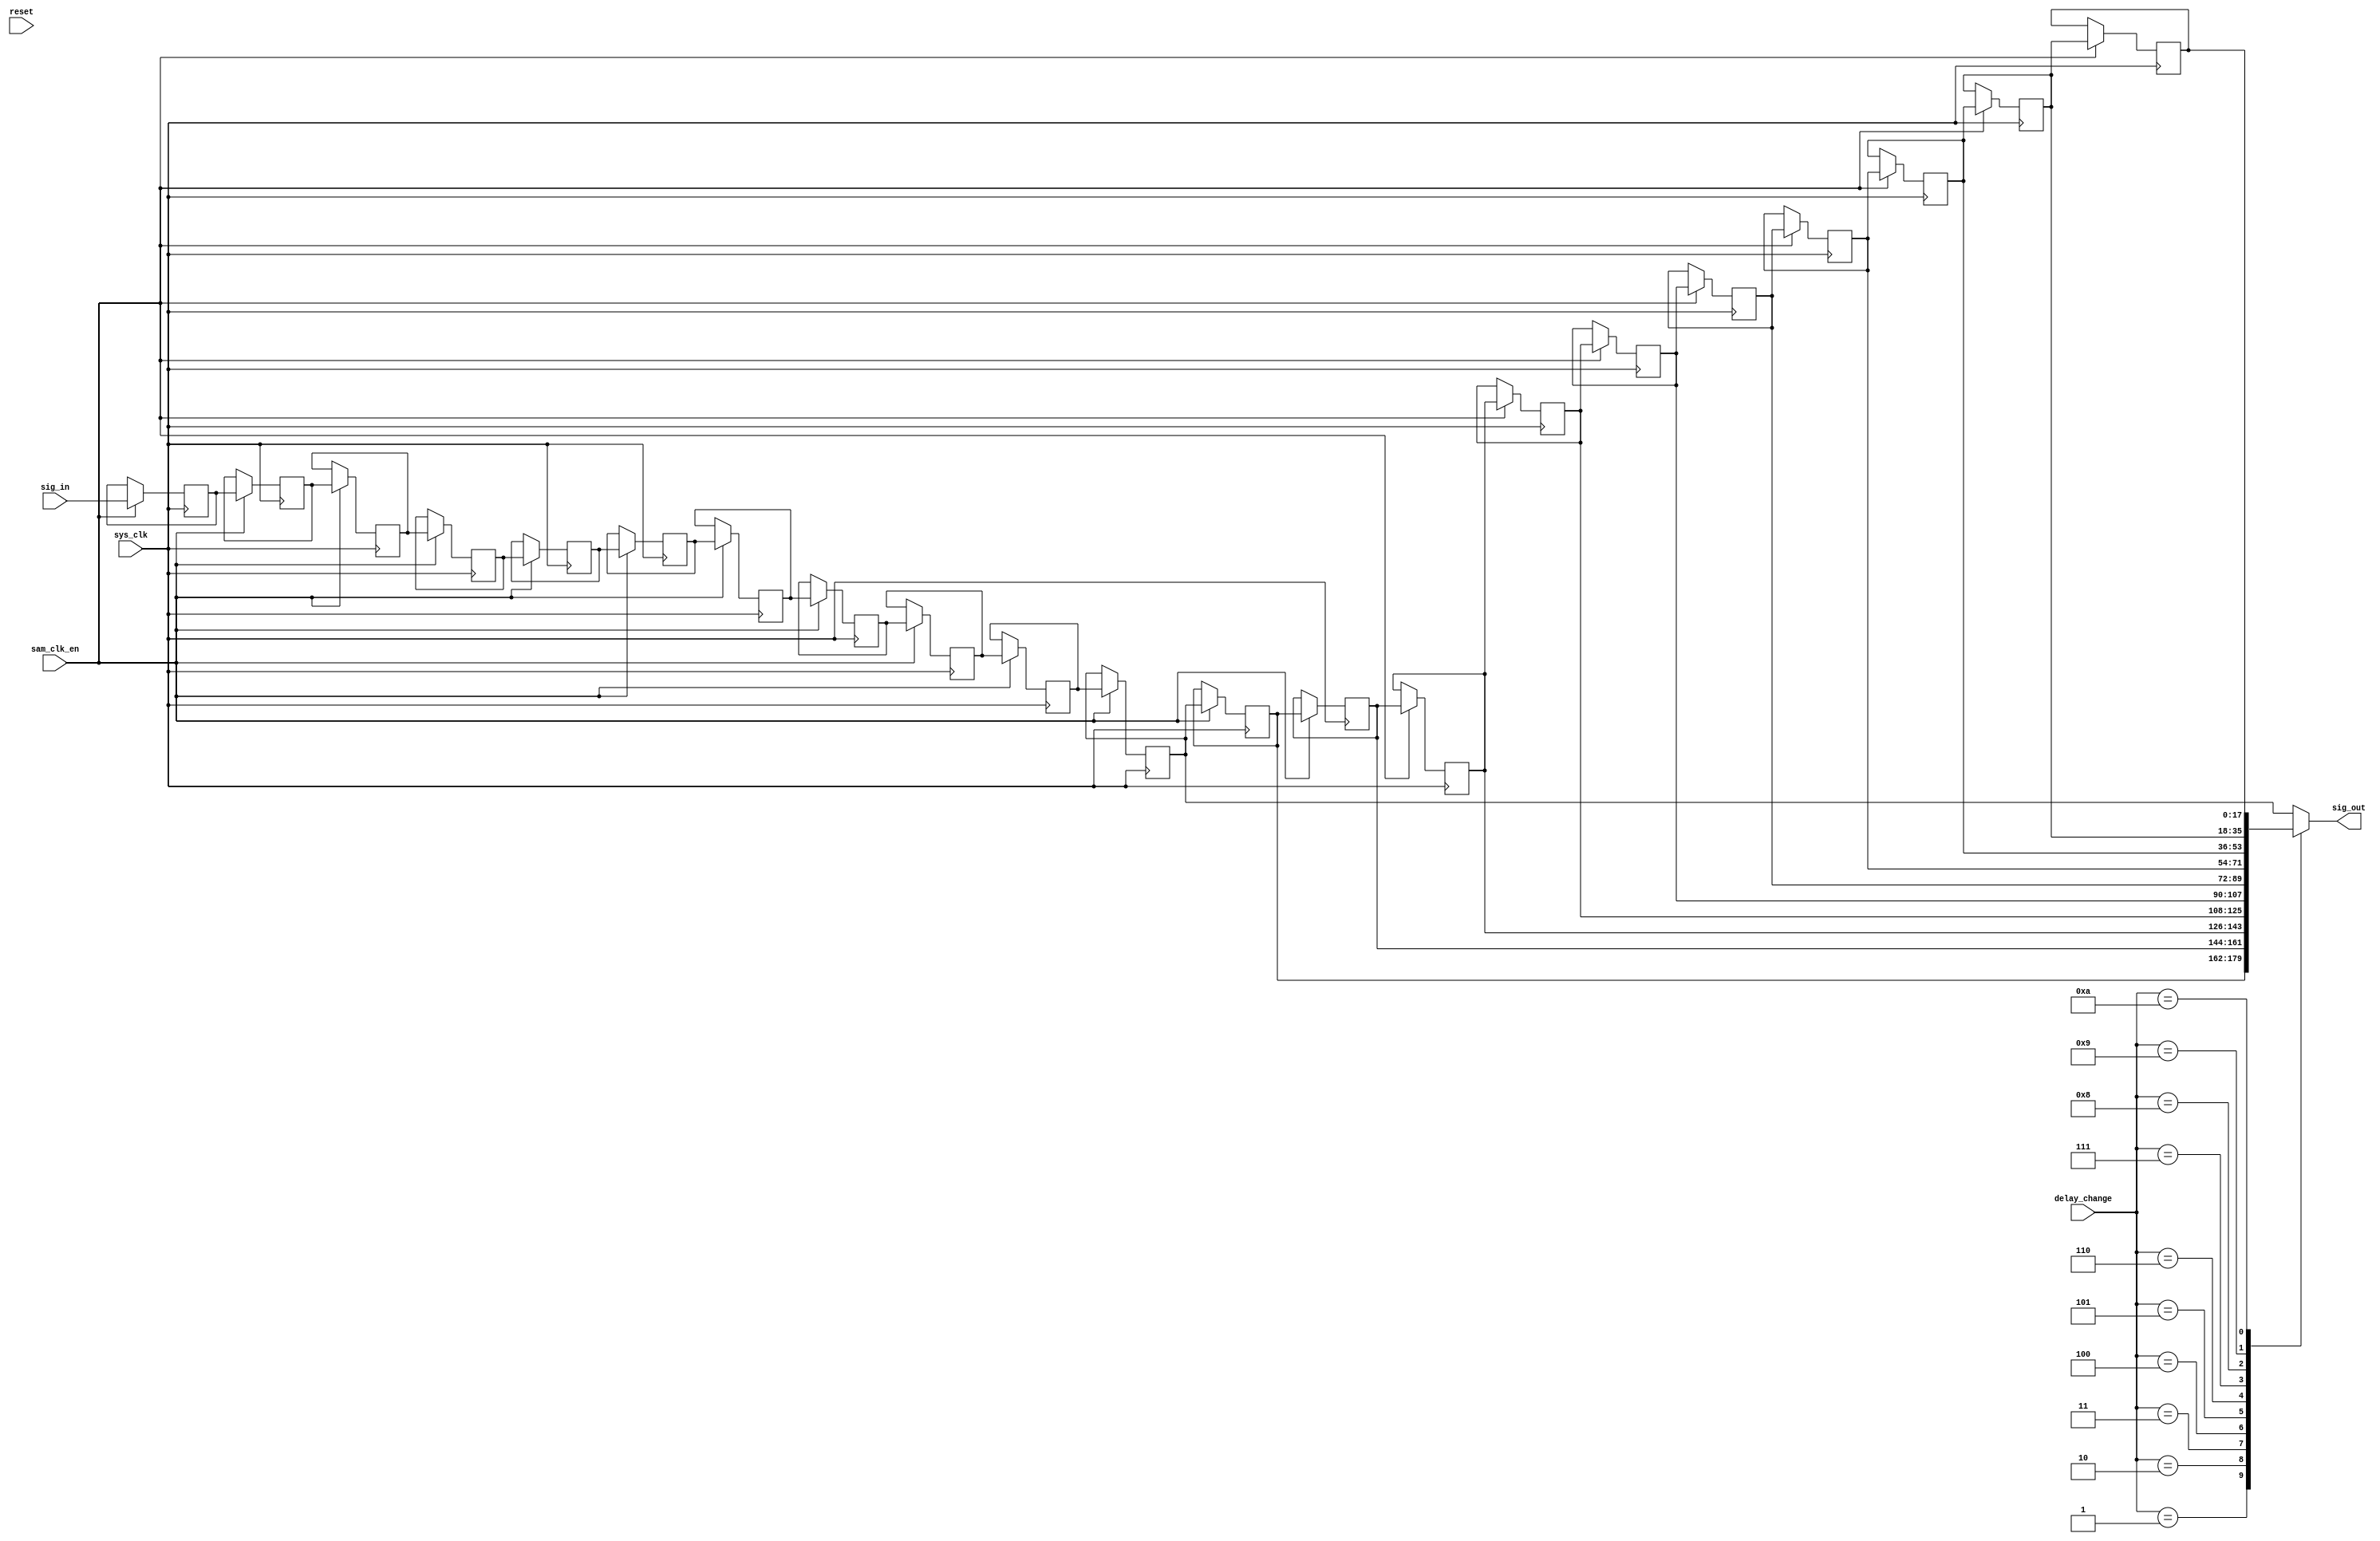
module filter_delay#(
	parameter DELAY = 20
)(
    input wire sys_clk, sam_clk_en, reset,
    input wire signed [17:0] sig_in,
    input wire [3:0] delay_change,
    output reg signed [17:0] sig_out
);

reg signed [17:0] delay[DELAY:0];

integer i;

always @ (posedge sys_clk)
	if(sam_clk_en)
		delay[0] <= sig_in;
	else
		delay[0] <= delay[0];
		
always @ (posedge sys_clk)
	if(sam_clk_en)
		for (i = 1; i <= DELAY; i = i+1)
			delay[i] <= delay[i-1];
	else
		for(i = 1; i <= DELAY; i = i+1)
			delay[i] <= delay[i];

			
always @ *
    case(delay_change)
    4'd0: sig_out = delay[DELAY-10];
    4'd1: sig_out = delay[DELAY-9];
    4'd2: sig_out = delay[DELAY-8];
    4'd3: sig_out = delay[DELAY-7];
	 4'd4: sig_out = delay[DELAY-6];
	 4'd5: sig_out = delay[DELAY-5];
	 4'd6: sig_out = delay[DELAY-4];
	 4'd7: sig_out = delay[DELAY-3];
	 4'd8: sig_out = delay[DELAY-2];
	 4'd9: sig_out = delay[DELAY-1];
	 4'd10: sig_out = delay[DELAY];
    default: sig_out = delay[DELAY-10];
    endcase








endmodule